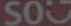
500